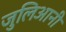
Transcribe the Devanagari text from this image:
जुलिआनी